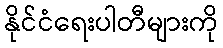
နိုင်ငံရေးပါတီများကို